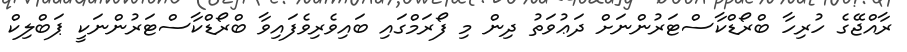
ރާއްޖޭގެ ހުރިހާ ބްރޯޑްކާސްޓަރުންނަށް ދަޢުވަތު ދިން މި ފޯރަމްގައި ބައިވެރިވެފައިވާ ބްރޯޑްކާސްޓަރުންނަކީ ޕަބްލިކް